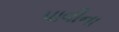
પાવીના